Indian journal of veterinary science and animal husbandry - Volume 3,
Year: 1933
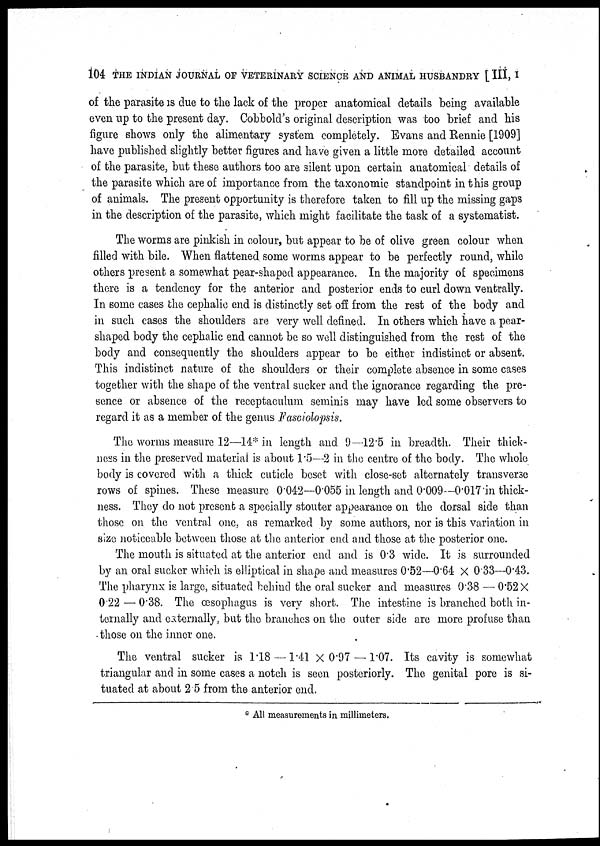
104 THE INDIAN JOURNAL OF VETERINARY SCIENCE AND ANIMAL HUSBANDRY [ III, I
of the parasite is due to the lack of the proper anatomical details being available
even up to the present day. Cobbold's original description was too brief and his
figure shows only the alimentary system completely. Evans and Rennie [1909]
have published slightly better figures and have given a little more detailed account
of the parasite, but these authors too are silent upon certain anatomical details of
the parasite which are of importance from the taxonomic standpoint in this group
of animals. The present opportunity is therefore taken to fill up the missing gaps
in the description of the parasite, which might facilitate the task of a systematist.
The worms are pinkish in colour, but appear to be of olive green colour when
filled with bile. When flattened some worms appear to be perfectly round, while
others present a somewhat pear-shaped appearance. In the majority of specimens
there is a tendency for the anterior and posterior ends to curl down ventrally.
In some cases the cephalic end is distinctly set off from the rest of the body and
in such cases the shoulders are very well defined. In others which have a pear-
shaped body the cephalic end cannot be so well distinguished from the rest of the
body and consequently the shoulders appear to be either indistinct or absent.
This indistinct nature of the shoulders or their complete absence in some cases
together with the shape of the ventral sucker and the ignorance regarding the pre-
sence or absence of the receptaculum seminis may have led some observers to
regard it as a member of the genus Fasciolopsis.
The worms measure 12—14* in length and 9—12.5 in breadth. Their thick-
ness in the preserved material is about 1.5—2 in the centre of the body. The whole
body is covered with a thick cuticle beset with close-set alternately transverse
rows of spines. These measure 0.042—0.055 in length and 0.009—0.017 in thick-
ness. They do not present a specially stouter appearance on the dorsal side than
those on the ventral one, as remarked by some authors, nor is this variation in
size noticeable between those at the anterior end and those at the posterior one.
The mouth is situated at the anterior end and is 0.3 wide. It is surrounded
by an oral sucker which is elliptical in shape and measures 0.52—0.64 × 0.33—0.43.
The pharynx is large, situated behind the oral sucker and measures 0.38 — 0.52 ×
0.22 — 0.38. The œsophagus is very short. The intestine is branched both in-
ternally and externally, but the branches on the outer side are more profuse than
those on the inner one.
The ventral sucker is 1.18 — 1.41 × 0.97 —1.07. Its cavity is somewhat
triangular and in some cases a notch is seen posteriorly. The genital pore is si-
tuated at about 2.5 from the anterior end.
* All measurements in millimeters.